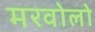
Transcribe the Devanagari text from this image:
मरवोलो